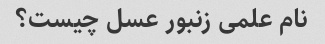
نام علمی زنبور عسل چیست؟